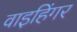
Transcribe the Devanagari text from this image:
वाइहिंगर